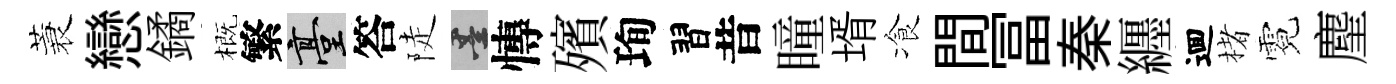
蓑戀鐍概繁臺答陡墨慱殯珣習昔瞳壻飡間冨秦纒逥楮霓麈